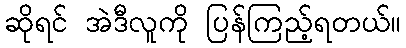
ဆိုရင် အဲဒီလူကို ပြန်ကြည့်ရတယ်။